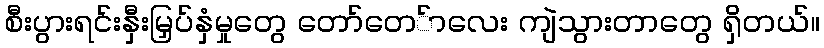
စီးပွားရင်းနှီးမြှပ်နှံမှုတွေ တော်တေ်ာလေး ကျဲသွားတာတွေ ရှိတယ်။